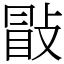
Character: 㪞